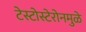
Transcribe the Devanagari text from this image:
टेस्टोस्टेरोनमुळे